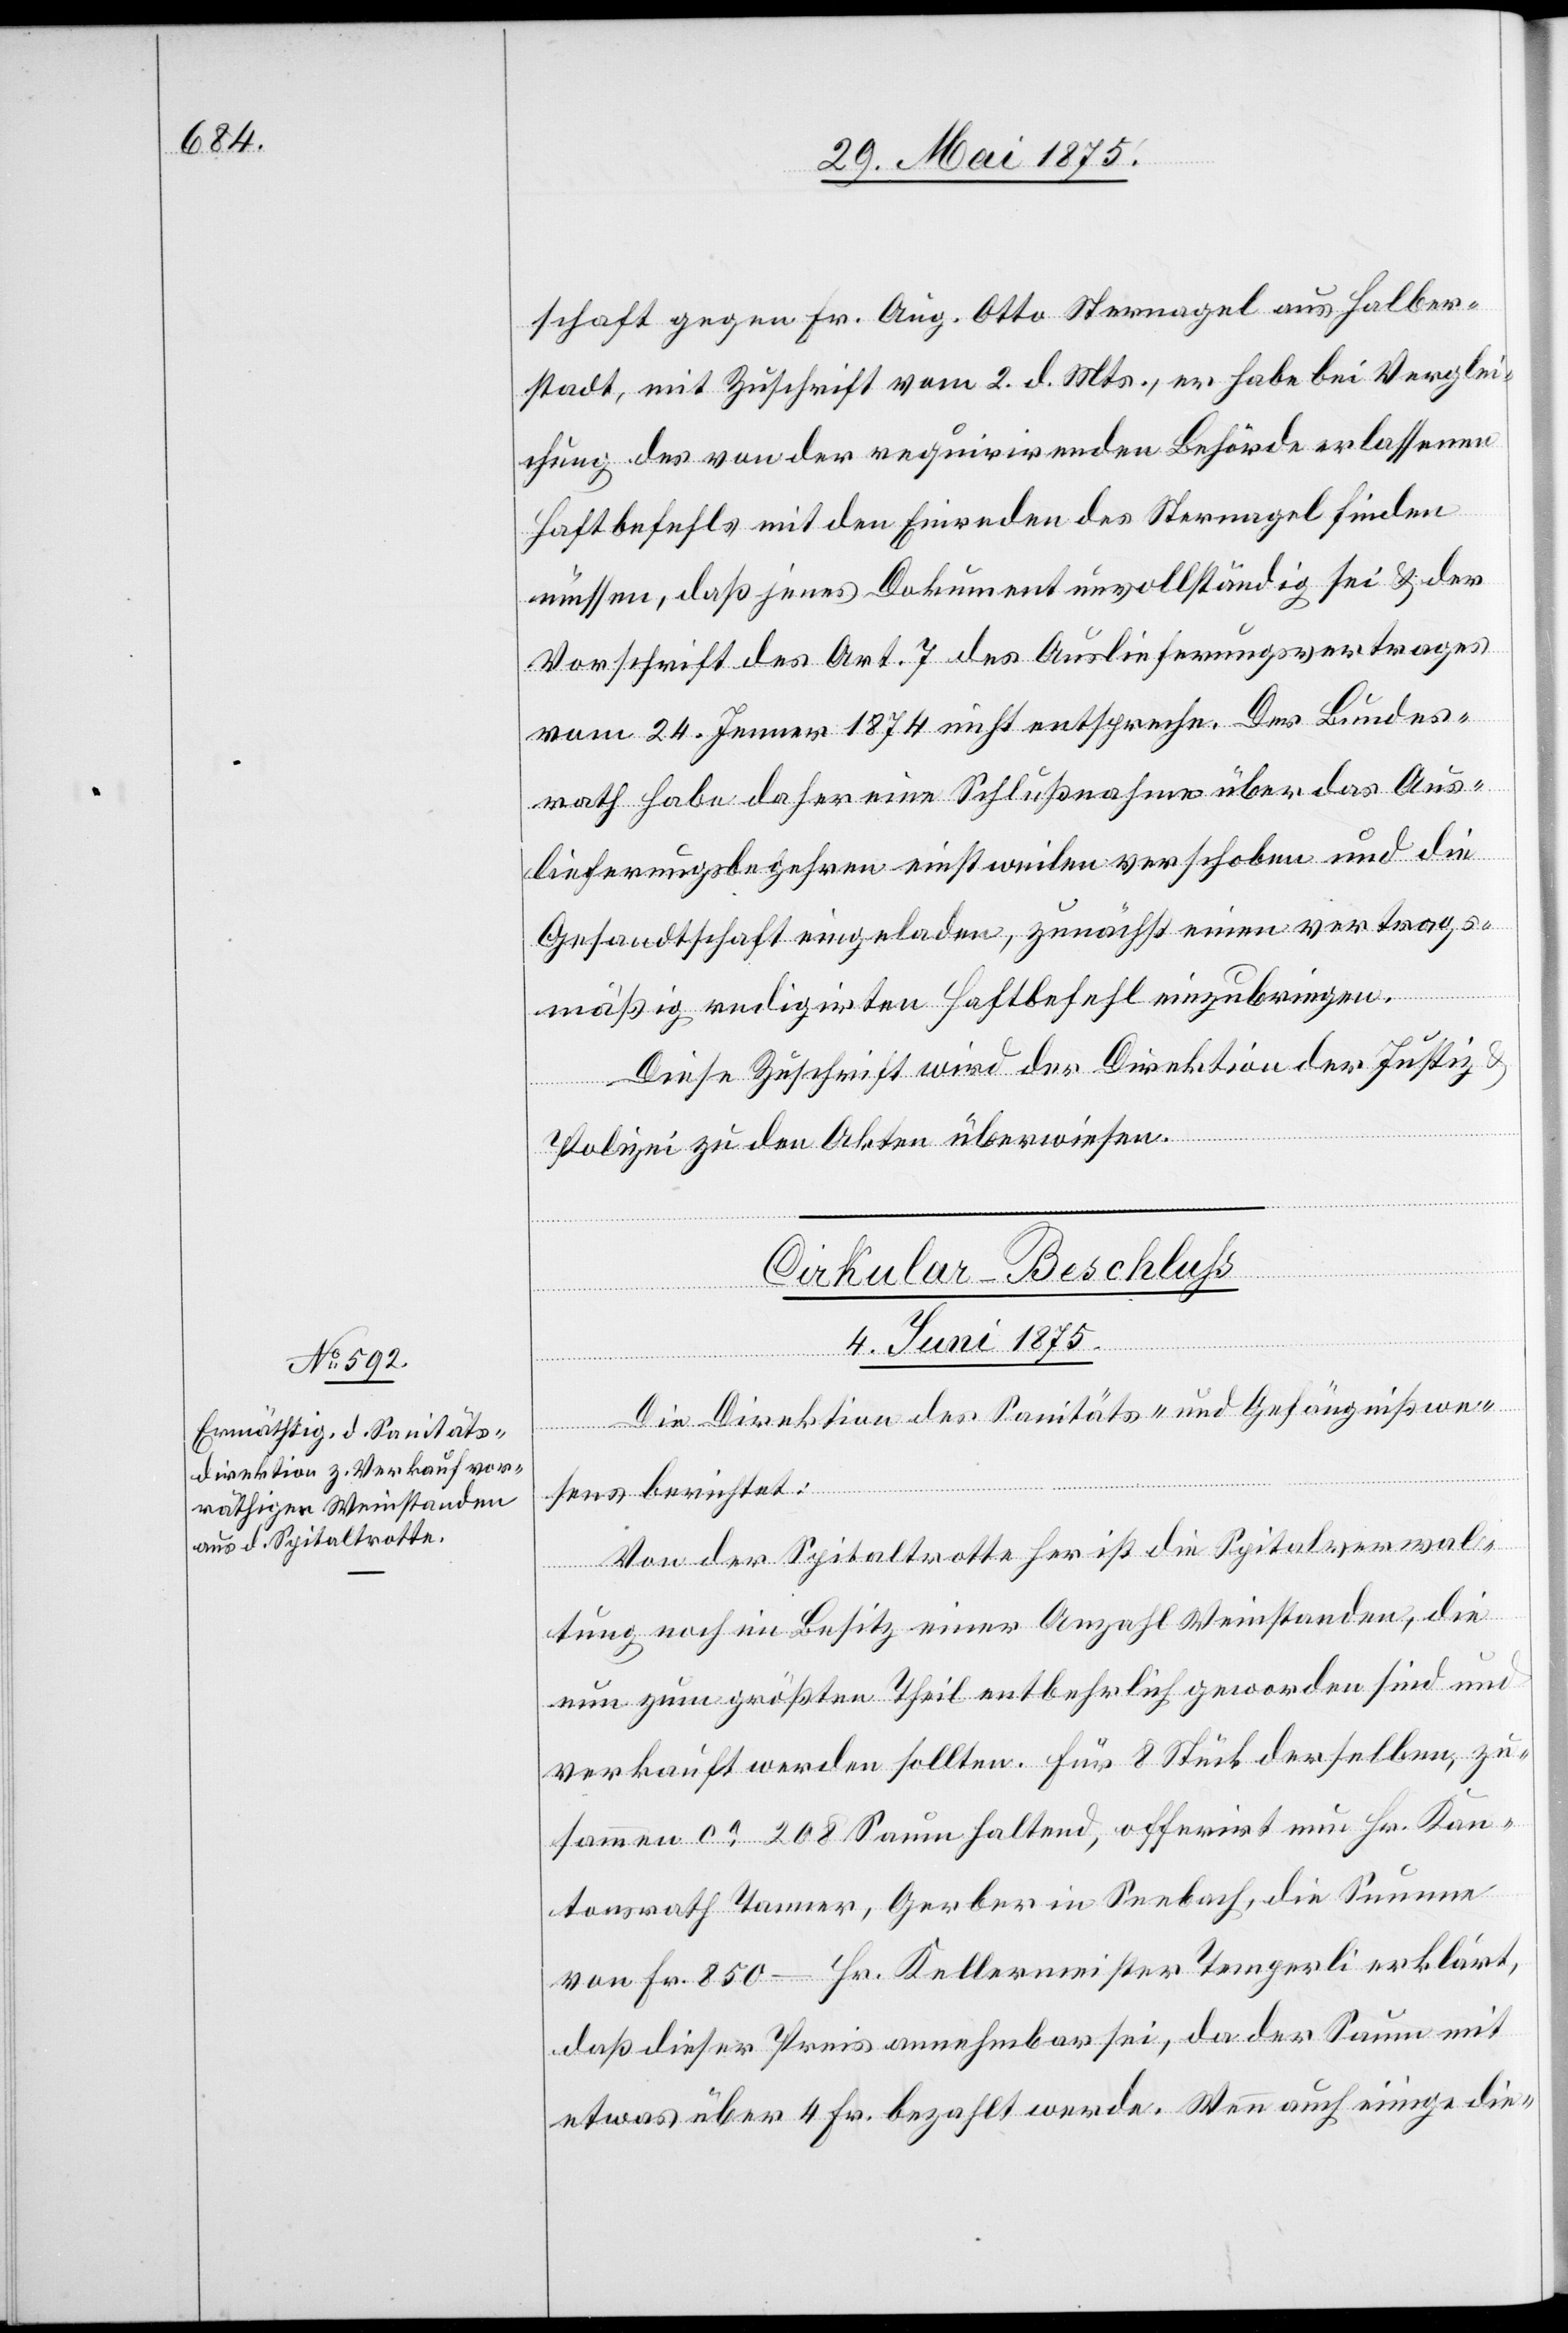
schaft gegen Fr. Aug. Sternagel aus Halber¬
stadt, mit Zuschrift vom 2. d. Mts., er habe bei Verglei¬
chung des von der requirirenden Behörde erlassenen
Haftbefehls mit den Einreden des Sternagels finden
müssen, daß jenes Dokument unvollständig sei & der
Vorschrift des Art. 7 des Auslieferungsvertrages
vom 24. Jenner 18974 nicht entspreche. Der Bundes¬
rath habe daher eine Schlußnahme über das Aus¬
lieferungsbegehren einstweilen verschoben und die
Gesandtschaft eingeladen, zunächst einen vertrags¬
mäßig redigirten Haftbefehl einzubringen.
Diese Zuschrift wird der Direktion der Justiz
Polizei zu den Akten überwiesen.
Cirkular-Beschluss
4. Juni 1875.
Die Direktion des Sanitäts- und Gefängnißwe¬
sens berichtet:
Von der Spitaltrotte her ist die Spitalverwal¬
tung noch im Besitz einer Anzahl Weinstauden, die
nun zum größten Theil entbehrlich geworden sind und
verkauft werden sollten. Für 8 Stück derselben, zu¬
sammen ca 208 Saum halten, offerrirt nun Hr. Kan¬
tonsrath Tanner, Gerber in Seebach, die Summe
von Fr. 850 – Hr. Kellermeister Temperli erklärt,
daß dieser Preis annehmbar sei, da der Saum mit
etwas über 4 Fr. bezahlt werde. Wenn auch einige die-